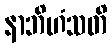
နာဘိဟံသတိ